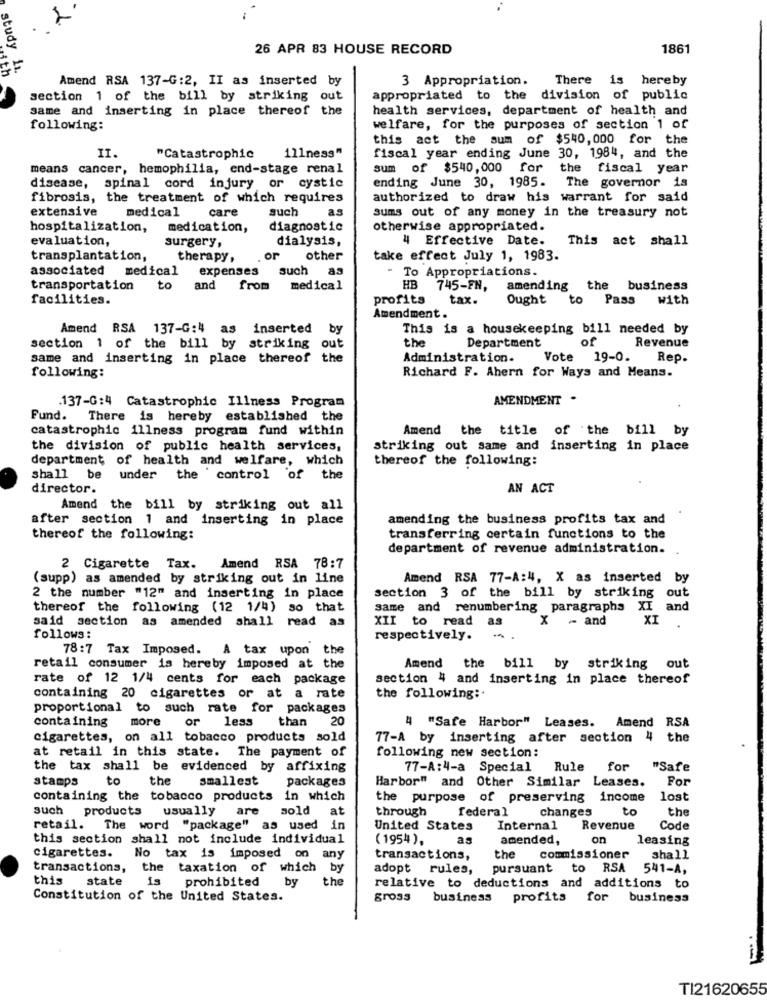
26 APR 83 HOUSE RECORD
1861
study 1
Amend RSA 137-G:2, II as inserted by
3 Appropriation.
There is hereby
section 1 of the bill by striking out
appropriated to the division of public
same and inserting in place thereof the
health services, department of health and
following:
welfare, for the purposes of section 1 of
this act the sum of $540,000 for the
II.
111ness"
"Catastrophic
fiscal year ending June 30, 1984, and the
means cancer, hemophilia, end-stage renal
sum of $540,000
for
the
fiscal year
ending June 30, 1985.
The governor is
disease, spinal cord injury or cystic
fibrosis, the treatment of which requires
authorized to draw his warrant for said
extensive
medical
care
such
as
sums out of any money in the treasury not
hospitalization,
medication,
diagnostic
otherwise appropriated.
evaluation,
surgery,
dialysis,
4 Effective Date.
This act shall
transplantation,
therapy,
or
other
take effect July 1, 1983.
associated medical
expenses
such
To Appropriations.
transportation
to
and
from
medical
HB 745-FN,
amending the business
facilities.
profits
tax.
Ought
to
Pass
with
Amendment.
Amend RSA 137-G:4 as inserted
by
This is a housekeeping bill needed by
the
Department
of
Revenue
section 1 of the bill by striking out
same and inserting in place thereof the
Administration.
Vote 19-0. Rep.
following:
Richard F. Ahern for Ways and Means.
.137-G:4 Catastrophic Illness Program
AMENDMENT .
Fund. There is hereby established the
catastrophic illness program fund within
Amend the title of the bill by
the division of public health services,
striking out same and inserting in place
department of health and welfare, which
thereof the following:
shall
be under the control of the
director.
AN ACT
Amend the bill by striking out all
after section 1 and inserting in place
amending the business profits tax and
thereof the following:
transferring certain functions to the
department of revenue administration.
2 Cigarette Tax. Amend RSA 78:7
(supp) as amended by striking out in line
Amend RSA 77-A:4, X as inserted by
section 3 of the bill by striking out
2 the number "12" and inserting in place
thereof the following (12 1/4) so that
same and renumbering paragraphs XI and
said section as amended shall read as
XII to read as
X - and
XI
follows:
respectively.
-
78:7 Tax Imposed.
A tax upon the
retail consumer is hereby imposed at the
Amend the bill by striking out
rate of 12 1/4 cents for each package
section 4 and inserting in place thereof
containing 20 cigarettes or at a rate
the following :.
proportional to such rate for packages
containing
or
20
more
less
than
4 "Safe Harbor" Leases. Amend RSA
cigarettes, on all tobacco products sold
77-A by inserting after section 4 the
at retail in this state. The payment of
following new section:
the tax shall be evidenced by affixing
77-A:4-a Special
Rule for
"Safe
stamps
to
the
smallest
packages
Harbor" and Other Similar Leases.
For
containing the tobacco products
in which
the purpose of preserving income
lost
such products usually
are
sold
at
through
federal
changes
to
the
retail. The word "package" as used in
United States
Internal
Revenue
Code
this section shall not include individual
(1954 ),
as
amended,
on
leasing
cigarettes.
No tax is imposed on any
transactions,
the
commissioner
shall
transactions, the taxation of which by
adopt rules,
pursuant
to
RSA
541-A,
this
state
is
prohibited
the
by
relative to deductions and
additions to
Constitution of the United States.
gross
business
profits
for
business
TI21620655